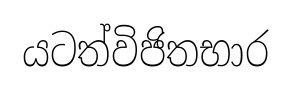
යටත්විජිතභාර